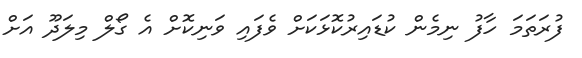
ފުރަތަމަ ހާފު ނިމެން ކުޑައިރުކޮޅަކަށް ވެފައި ވަނިކޮށް އެ ގޯލް މިލަދޫ އަށް